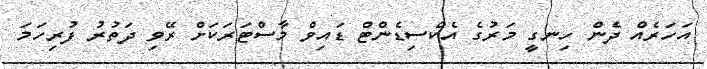
އަހަރެއް ދެން ހިނގީ މަރުގެ އެކްސިޑެންޓް ޑައިވް މާސްޓަރަކަށް ރޭވި ދަތުރު ފުރިހަމަ